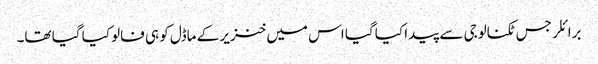
برائلر جس ٹکنالوجی سے پیدا کیا گیا اس میں خنزیر کے ماڈل کو ہی فالو کیا گیا تھا۔